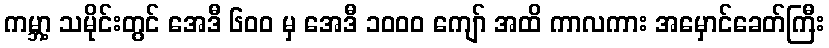
ကမ္ဘာ့ သမိုင်းတွင် အေဒီ ၆၀၀ မှ အေဒီ ၁၀၀၀ ကျော် အထိ ကာလကား အမှောင်ခေတ်ကြီး